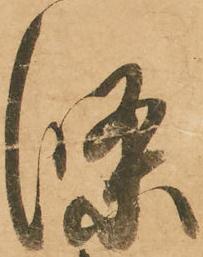
條